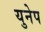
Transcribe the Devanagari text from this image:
युनेप